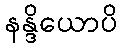
နန္ဒိယောပိ